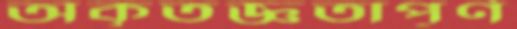
অকৃতজ্ঞতাপূর্ণ